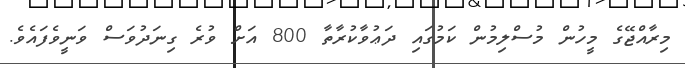
މިރާއްޖޭގެ މީހުން މުސްލިމުން ކަމުގައި ދަޢުވާކުރާތާ 800 އަށް ވުރެ ގިނަދުވަސް ވަނީވެފައެވެ.